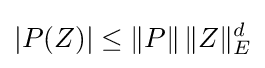
|P(Z)|\leq \|P\|\,\|Z\|_{E}^{d}